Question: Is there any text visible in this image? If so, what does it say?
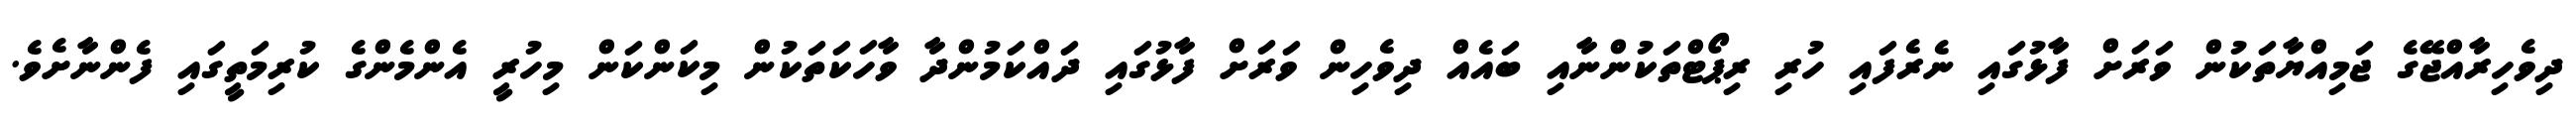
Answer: ދިވެހިރާއްޖޭގެ ޖަމިއްޔާތަކުން ވަރަށް ފާޅުގައި ނެރެފައި ހުރި ރިޕޯޓްތަކުންނާއި ބައެއް ދިވެހިން ވަރަށް ފާޅުގައި ދައްކަމުންދާ ވާހަކަތަކުން މިކަންކަން މިހުރީ އެންމެންގެ ކުރިމަތީގައި ފެންނާށެވެ.